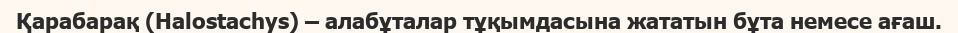
Қарабарақ (Halostachys) – алабұталар тұқымдасына жататын бұта немесе ағаш.